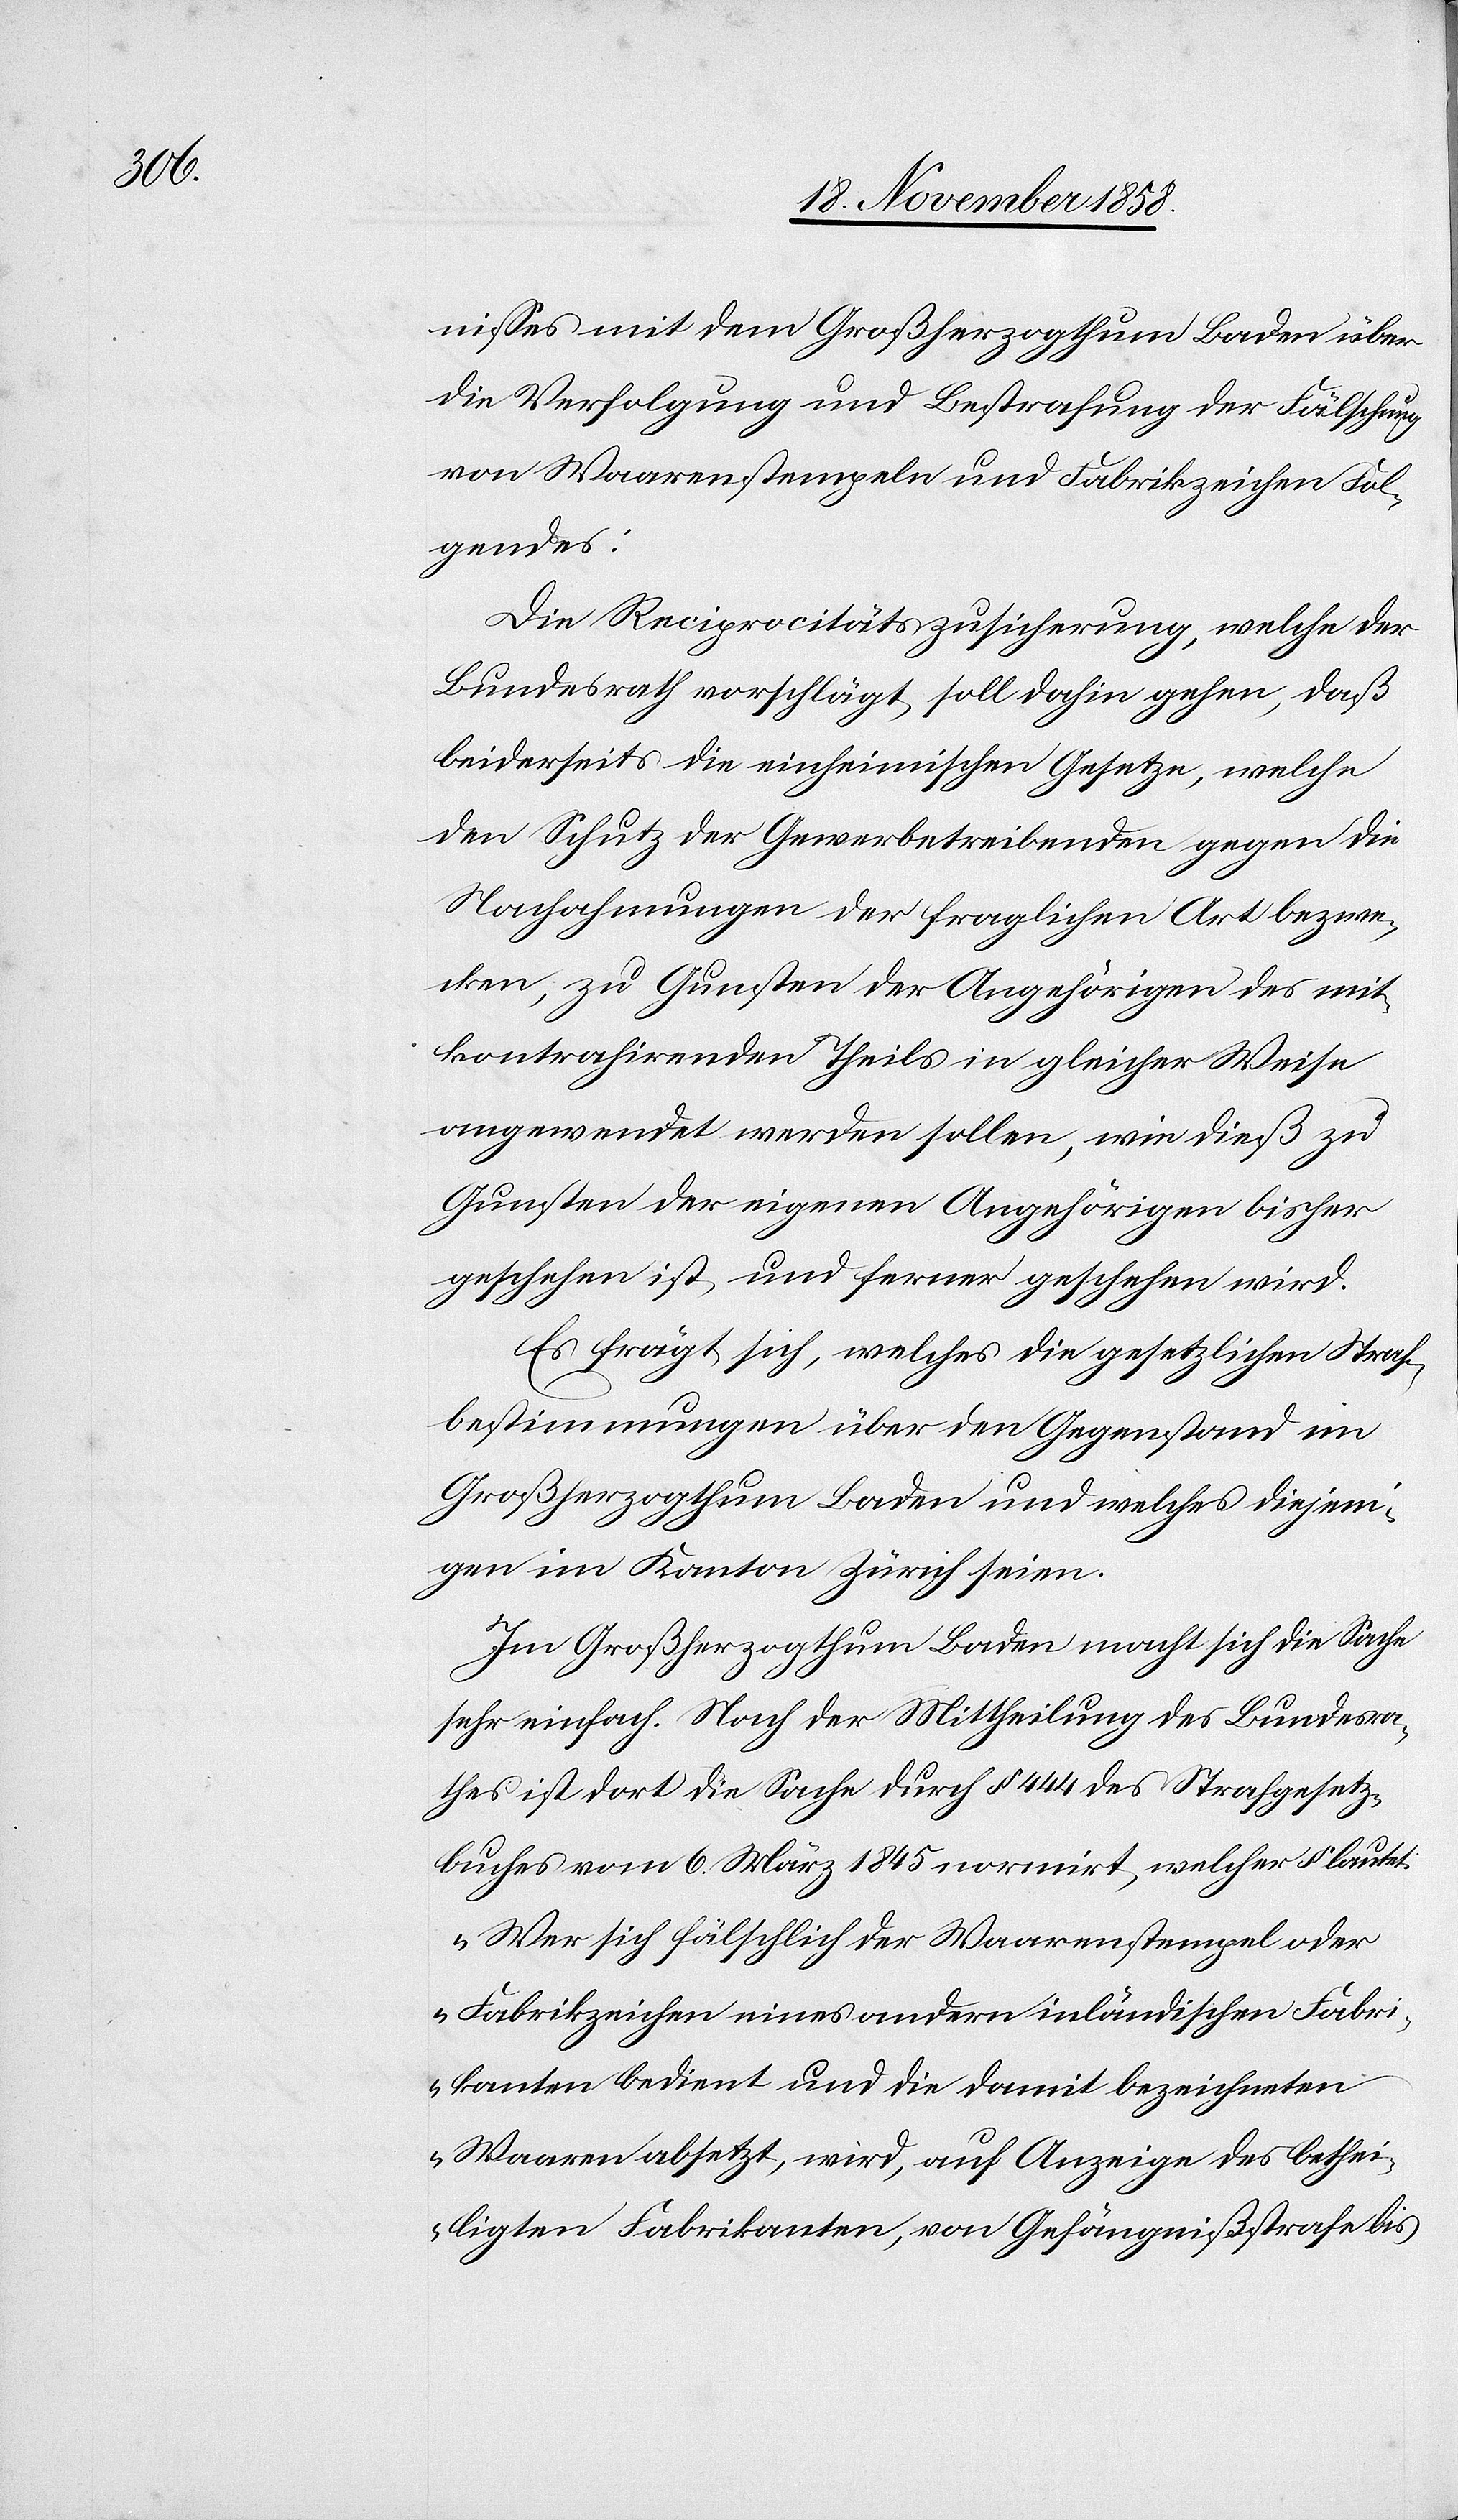
nisses mit dem Großherzogthum Baden über
die Verfolgung und Bestrafung der Fälschung
von Waarenstempeln und Fabrikzeichen Fol¬
gendes:
Die Reciprocitätszusicherung, welche der
Bundesrath vorschlägt, soll dahin gehen, daß
beiderseits die einheimischen Gesetze, welche
den Schutz der Gewerbetreibenden gegen die
Nachahmungen der fraglichen Art bezwe¬
cken, zu Gunsten der Angehörigen des mit¬
kontrahirenden Theils in gleicher Weise
angewendet werden sollen, wie dieß zu
Gunsten der eigenen Angehörigen bisher
geschehen ist und ferner geschehen wird.
Es frägt sich, welches die gesetzlichen Straf¬
bestimmungen über den Gegenstand im
Großherzogthum Baden und welches diejeni¬
gen im Kanton Zürich seien.
Im Großherzogthum Baden macht sich die Sache
sehr einfach. Nach der Mittheilung des Bundesra¬
thes ist dort die Sache durch § 444 des Strafgesetz¬
buches vom 6. März 1845 normirt, welcher § lautet:
„Wer sich fälschlich der Waarenstempel oder
Fabrikzeichen eines andern inländischen Fabri¬
kanten bedient und die damit bezeichneten
Waaren absetzt, wird, auf Anzeige des bethei¬
ligten Fabrikanten, von Gefängnißstrafe bis